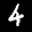
Label: 4